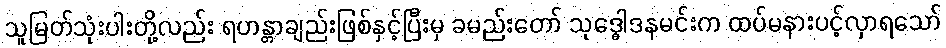
သူမြတ်သုံးပါးတို့လည်း ရဟန္တာချည်းဖြစ်နှင့်ပြီးမှ ခမည်းတော် သုဒ္ဓေါဒနမင်းက ထပ်မနားပင့်လှာရသော်